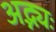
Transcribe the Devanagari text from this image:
अद्भ्यः